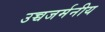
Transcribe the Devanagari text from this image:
उच्चजर्मनीय